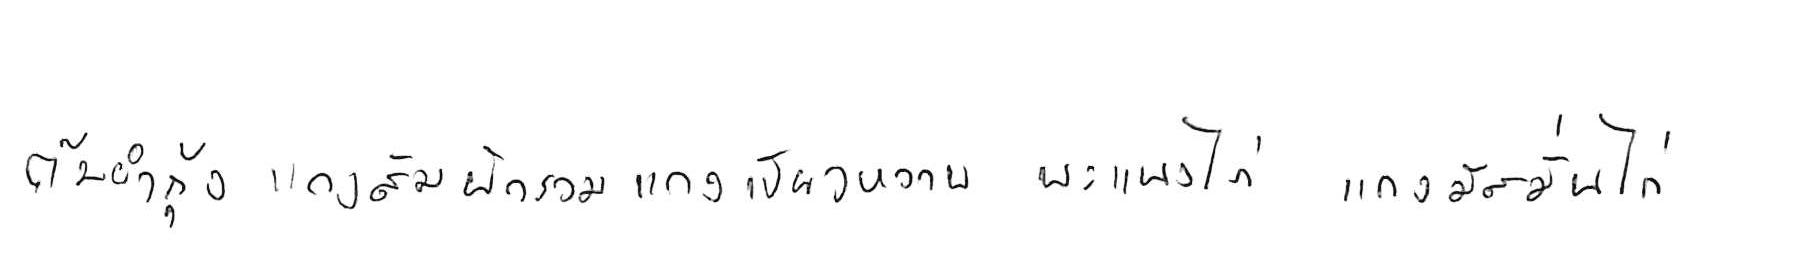
ต้มยำกุ้ง แกงส้มผักรวม แกงเขียวหวาน พะแนงไก่ แกงมัสมั่นไก่